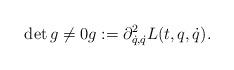
LaTeX: \begin{align*} \det g\ne0 g:=\partial^2_{\dot q,\dot q}L(t,q,\dot q).\end{align*}